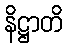
နိဋ္ဌာတိ